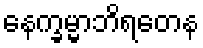
နေက္ခမ္မာဘိရတေန